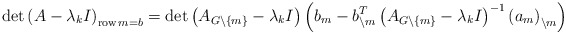
\begin{align*}\det\left( A-\lambda_{k}I\right) _{\operatorname{row}m=b}=\det\left(A_{G\backslash\left\{ m\right\} }-\lambda_{k}I\right) \left(b_{m}-b_{\backslash m}^{T}\left( A_{G\backslash\left\{ m\right\} }-\lambda_{k}I\right) ^{-1}\left( a_{m}\right) _{\backslash m}\right)\end{align*}